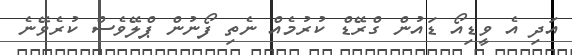
އަދި އެ ވީޑިއޯ ޑައުން ގްރޭޑް ކުރުމެއް ނެތި ފޯނުން ޕްލޭވެސް ކުރެވޭނެ